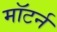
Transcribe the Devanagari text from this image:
मॉटर्न